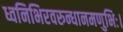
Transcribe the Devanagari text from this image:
ध्वनिभिरवरुन्धानमणुभिः।